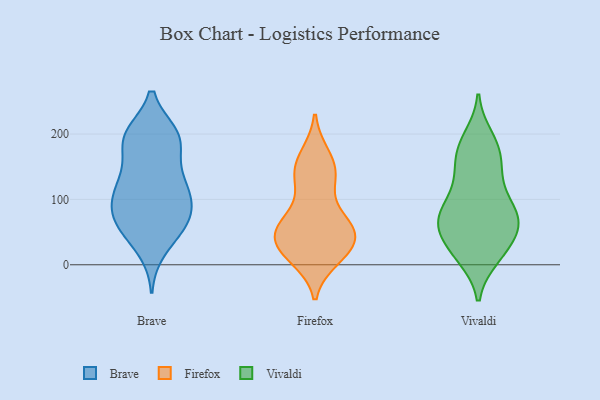
{"axis": {"x": "Budget (USD K)", "y": "Value"}, "legend": ["Brave", "Firefox", "Vivaldi"], "data": [{"x": "", "y": 24, "type": "Brave"}, {"x": "", "y": 197, "type": "Brave"}, {"x": "", "y": 132, "type": "Brave"}, {"x": "", "y": 198, "type": "Brave"}, {"x": "", "y": 78, "type": "Brave"}, {"x": "", "y": 139, "type": "Brave"}, {"x": "", "y": 186, "type": "Brave"}, {"x": "", "y": 86, "type": "Brave"}, {"x": "", "y": 119, "type": "Brave"}, {"x": "", "y": 196, "type": "Brave"}, {"x": "", "y": 67, "type": "Brave"}, {"x": "", "y": 118, "type": "Brave"}, {"x": "", "y": 101, "type": "Brave"}, {"x": "", "y": 45, "type": "Brave"}, {"x": "", "y": 78, "type": "Brave"}, {"x": "", "y": 117, "type": "Brave"}, {"x": "", "y": 191, "type": "Brave"}, {"x": "", "y": 57, "type": "Brave"}, {"x": "", "y": 195, "type": "Brave"}, {"x": "", "y": 66, "type": "Brave"}, {"x": "", "y": 54, "type": "Firefox"}, {"x": "", "y": 58, "type": "Firefox"}, {"x": "", "y": 149, "type": "Firefox"}, {"x": "", "y": 63, "type": "Firefox"}, {"x": "", "y": 25, "type": "Firefox"}, {"x": "", "y": 54, "type": "Firefox"}, {"x": "", "y": 130, "type": "Firefox"}, {"x": "", "y": 41, "type": "Firefox"}, {"x": "", "y": 133, "type": "Firefox"}, {"x": "", "y": 35, "type": "Firefox"}, {"x": "", "y": 69, "type": "Firefox"}, {"x": "", "y": 163, "type": "Firefox"}, {"x": "", "y": 30, "type": "Firefox"}, {"x": "", "y": 16, "type": "Firefox"}, {"x": "", "y": 10, "type": "Firefox"}, {"x": "", "y": 65, "type": "Firefox"}, {"x": "", "y": 12, "type": "Firefox"}, {"x": "", "y": 126, "type": "Firefox"}, {"x": "", "y": 167, "type": "Firefox"}, {"x": "", "y": 83, "type": "Vivaldi"}, {"x": "", "y": 69, "type": "Vivaldi"}, {"x": "", "y": 178, "type": "Vivaldi"}, {"x": "", "y": 78, "type": "Vivaldi"}, {"x": "", "y": 65, "type": "Vivaldi"}, {"x": "", "y": 175, "type": "Vivaldi"}, {"x": "", "y": 193, "type": "Vivaldi"}, {"x": "", "y": 71, "type": "Vivaldi"}, {"x": "", "y": 45, "type": "Vivaldi"}, {"x": "", "y": 142, "type": "Vivaldi"}, {"x": "", "y": 19, "type": "Vivaldi"}, {"x": "", "y": 23, "type": "Vivaldi"}, {"x": "", "y": 90, "type": "Vivaldi"}, {"x": "", "y": 13, "type": "Vivaldi"}, {"x": "", "y": 124, "type": "Vivaldi"}, {"x": "", "y": 69, "type": "Vivaldi"}, {"x": "", "y": 59, "type": "Vivaldi"}, {"x": "", "y": 136, "type": "Vivaldi"}, {"x": "", "y": 20, "type": "Vivaldi"}, {"x": "", "y": 174, "type": "Vivaldi"}]}